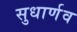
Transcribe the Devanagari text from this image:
सुधार्णव